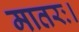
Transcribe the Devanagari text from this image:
मातरः।